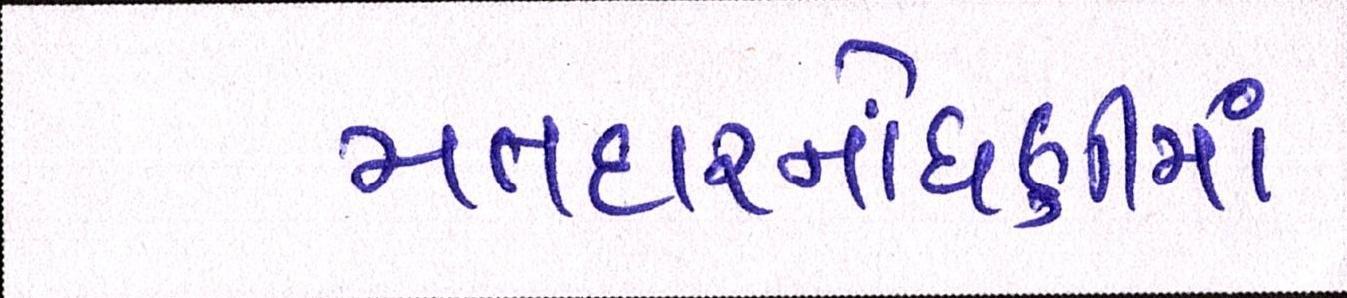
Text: મતદારનોંધણીમાં